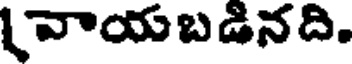
[వాయబడినది.